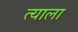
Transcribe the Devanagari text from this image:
त्‍याला